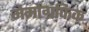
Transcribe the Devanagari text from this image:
मेमोग्रफिक